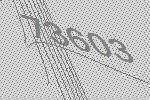
73603